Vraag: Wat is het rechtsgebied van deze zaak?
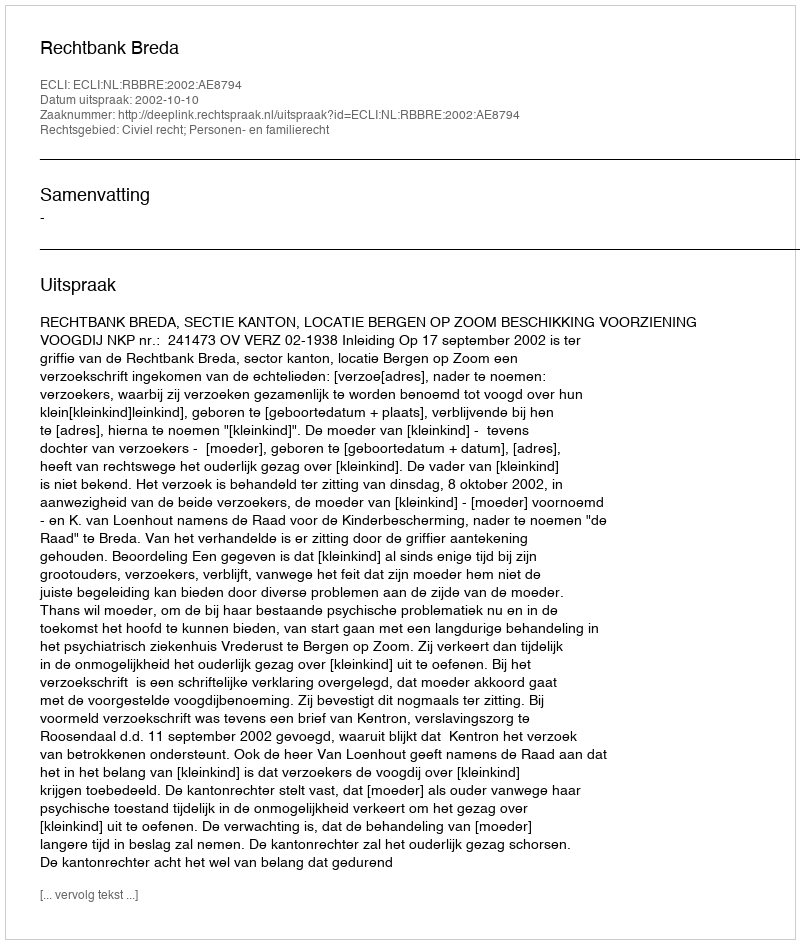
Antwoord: Civiel recht; Personen- en familierecht